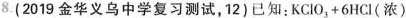
8.（2019金华义乌中学复习测试，12）已知：$$K C I O _ { 3 } + 6 H C I（浓）